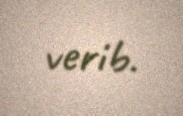
verib.